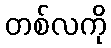
တစ်လကို